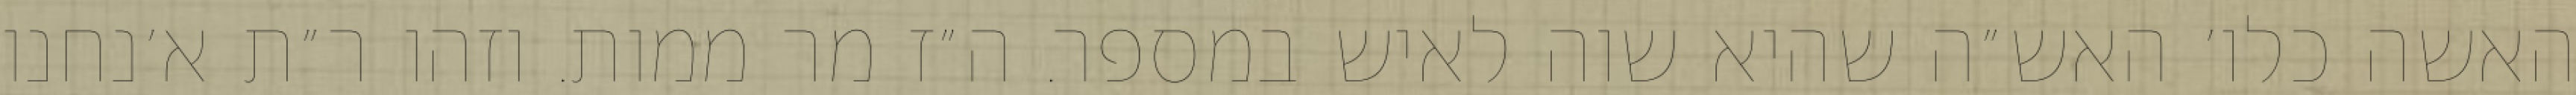
האשה כלו׳ האש״ה שהיא שוה לאיש במספר. ה״ז מר ממות. וזהו ר״ת א׳נחנו